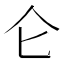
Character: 仑